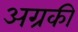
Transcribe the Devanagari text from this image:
अग्रकी